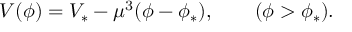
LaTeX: V ( \phi ) = V _ { \ast } - \mu ^ { 3 } ( \phi - \phi _ { \ast } ) , \qquad ( \phi > \phi _ { \ast } ) .